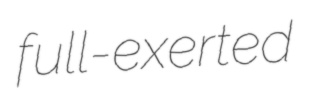
full-exerted